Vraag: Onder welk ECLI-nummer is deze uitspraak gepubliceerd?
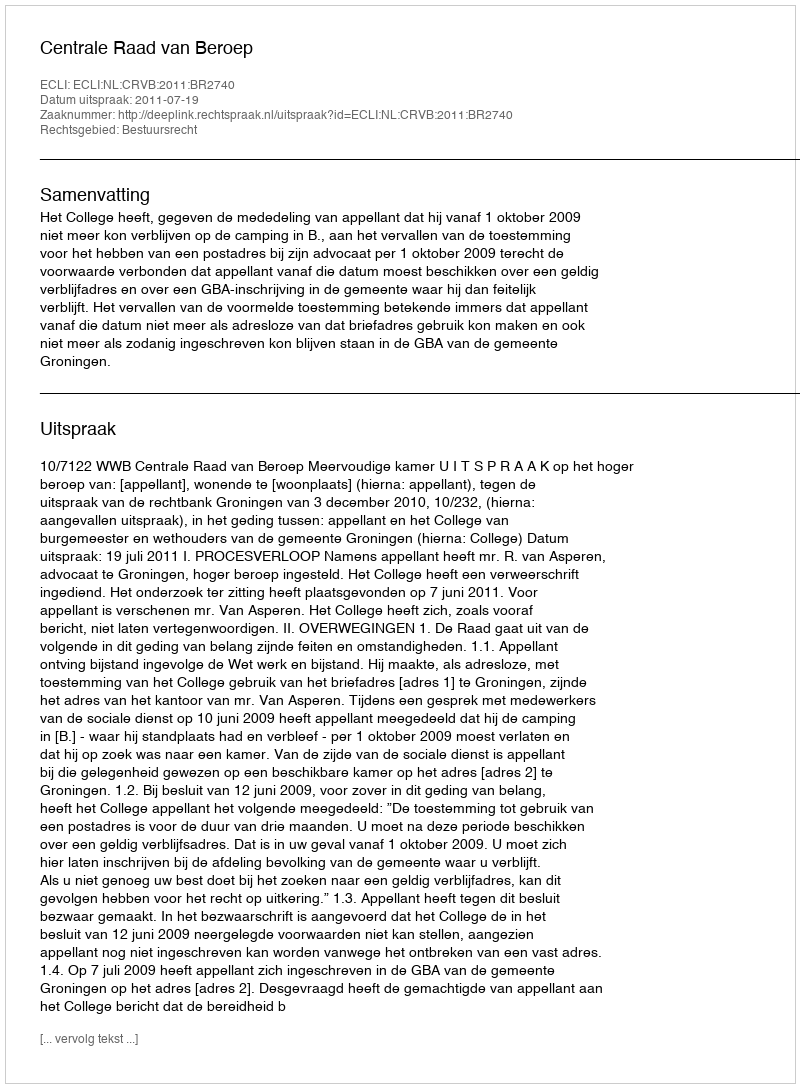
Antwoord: ECLI:NL:CRVB:2011:BR2740